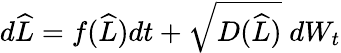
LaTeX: \begin{array}{r}{d\widehat{L}=f(\widehat{L})dt+\sqrt{D(\widehat{L})}\; dW_{t}}\end{array}